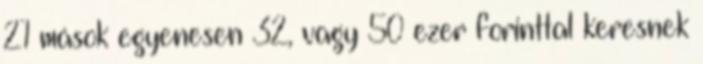
21 mások egyenesen 32, vagy 50 ezer forinttal keresnek